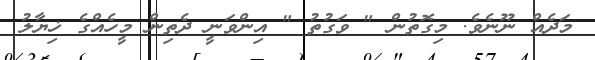
މަދެއް ނޫނެވެ. މިގޮތުން " ވަގުތު " އިންވަނީ ދެތިން މީހެއްގެ ޚިޔާލު